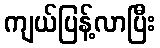
ကျယ်ပြန့်လာပြီး